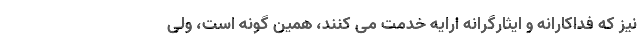
نیز که فداکارانه و ایثارگرانه ارایه خدمت می کنند، همین گونه است، ولی